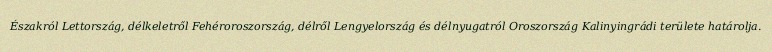
Északról Lettország, délkeletről Fehéroroszország, délről Lengyelország és délnyugatról Oroszország Kalinyingrádi területe határolja.